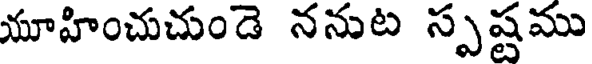
యూహించుచుండె ననుట స్పష్టము